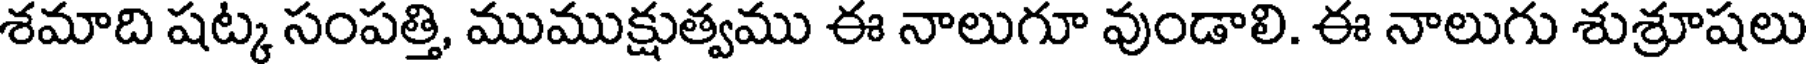
శమాది షట్క సంపత్తి, ముముక్షుత్వము ఈ నాలుగూ వుండాలి. ఈ నాలుగు శుశ్రూషలు